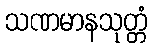
သဏမာနသုတ္တံ